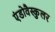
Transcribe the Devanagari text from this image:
एंडोवैस्कुलर